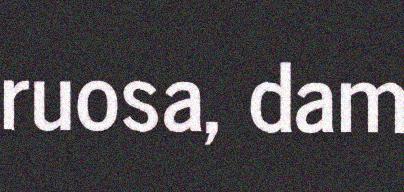
ruosa, dam